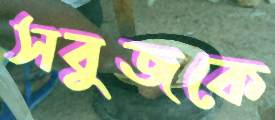
সবুজকে